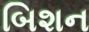
બિશન